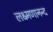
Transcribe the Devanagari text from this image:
लक्ष्मणानन्द